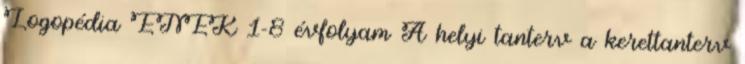
Logopédia ÉNEK 1-8 évfolyam A helyi tanterv a kerettanterv